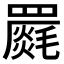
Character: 𮊝